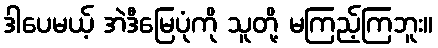
ဒါပေမယ့် အဲဒီမြေပုံကို သူတို့ မကြည့်ကြဘူး။